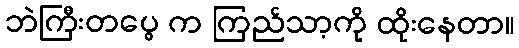
ဘဲကြီးတပွေ က ကြည်သာ့ကို ထိုးနေတာ။